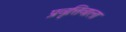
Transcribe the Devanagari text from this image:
प्रवृत्तिवाला